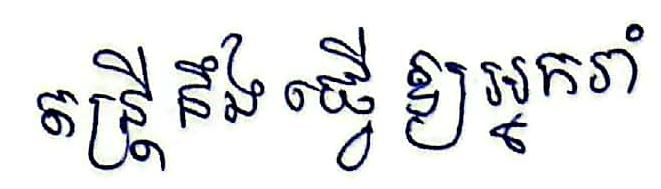
តន្ត្រីនឹងធ្វើឲ្យអ្នករាំ